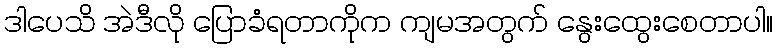
ဒါပေသိ အဲဒီလို ပြောခံရတာကိုက ကျမအတွက် နွေးထွေးစေတာပါ။